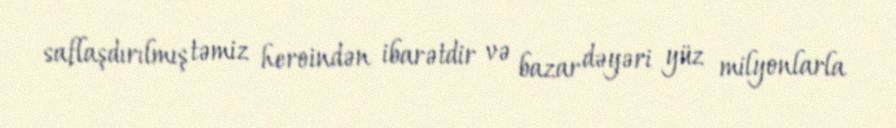
saflaşdırılmış təmiz heroindən ibarətdir və bazar dəyəri yüz milyonlarla